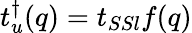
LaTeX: t_{u}^{\dagger}(q)=t_{SSl}f(q)